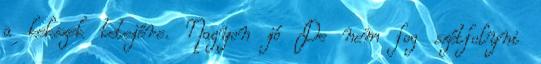
a kekszek tetejére. Nagyon jó De nem fog szétfolyni